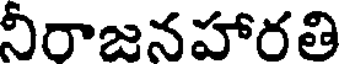
నీరాజనహారతి